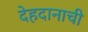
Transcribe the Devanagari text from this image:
देहदानाची